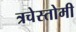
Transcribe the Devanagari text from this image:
त्रचेस्तोमी